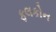
ફલકોન